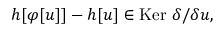
h [ \varphi [ u ] ] - h [ u ] \in \mathrm { K e r ~ } \delta / \delta u ,